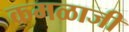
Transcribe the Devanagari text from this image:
कमळाजी